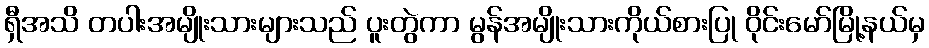
ရှီအသိ တပါးအမျိုးသားများသည် ပူးတွဲကာ မွန်အမျိုးသားကိုယ်စားပြု ဝိုင်းမော်မြို့နယ်မှ